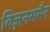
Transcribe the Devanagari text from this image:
बिज़नसमैन